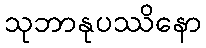
သုဘာနုပဿိနော